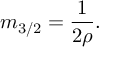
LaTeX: m _ { 3 / 2 } = \frac { 1 } { 2 \rho } .